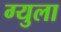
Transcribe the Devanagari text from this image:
ग्युला